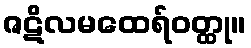
ဇဋိလမထေရ်ဝတ္ထု။